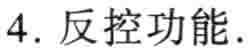
4. 反控功能.